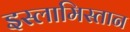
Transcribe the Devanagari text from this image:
इस्लामिस्तान